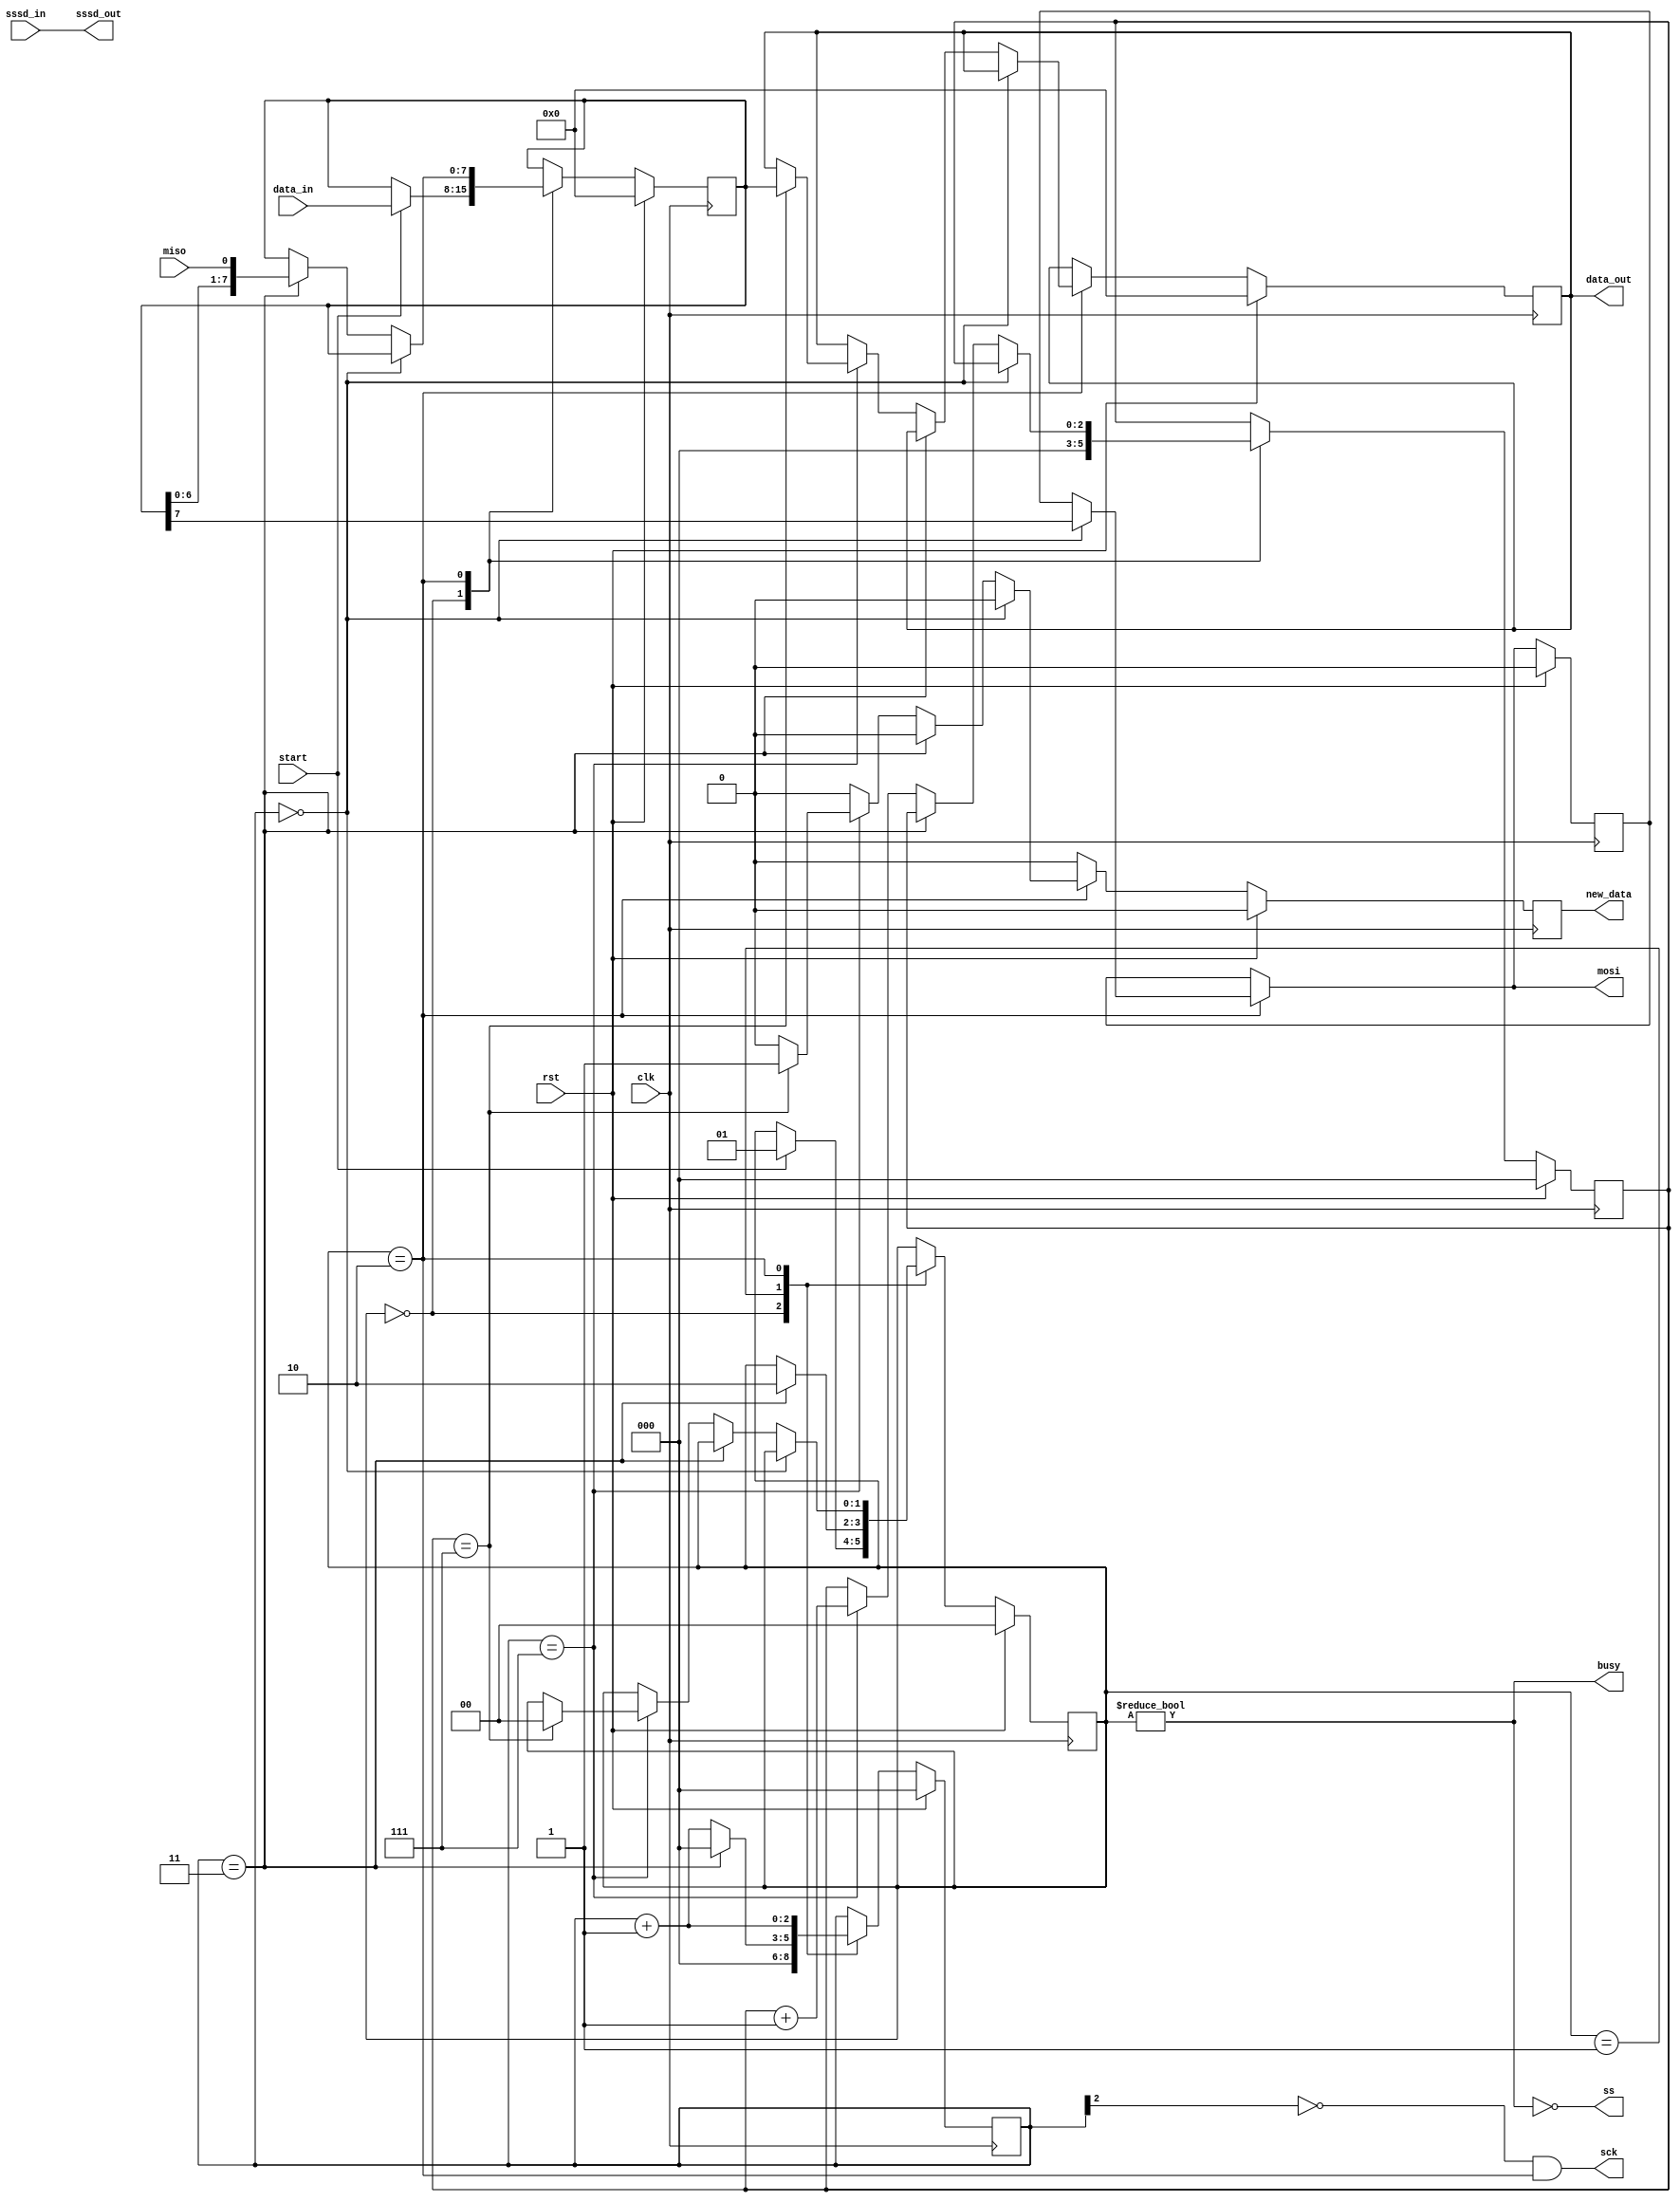
module spi_master (clk, rst, sssd_in, start, miso, data_in, mosi, sck, ss, sssd_out, data_out, busy, new_data);
	
	//inputs y outputs
	
	input clk;
	input rst;
	input sssd_in; 
	input start;
	input miso; //master input slave output
	input[7:0] data_in;
	output mosi; //master output slave input
	output sck;	//slave clk
	output ss;	//slave select 
	output sssd_out;
	output[7:0] data_out;
	output busy;
	output new_data;

	//parametros  
	  
	  parameter CLK_DIV = 3;		//Clock divisions (periodo clk*2) 
	   
	  localparam STATE_SIZE = 2;            // cantidad de estados 2
	  localparam IDLE = 2'd0,   WAIT_HALF = 2'd1,   TRANSFER = 2'd2;	//estados
	   
	  reg [STATE_SIZE-1:0] state_d, state_q;				//variables de estado d:proximo estado  y q: estado actual 
	   
	  reg [7:0] data_d, data_q;						//registro de proceso (trans-recep) 
	  reg [CLK_DIV-1:0] sck_d, sck_q;					//registro contador del sck  d y q
	  
	  reg mosi_d, mosi_q;							//registros mosi d y q
	  reg [2:0] ctr_d, ctr_q;						//registros contador de transferencia spi
	  reg new_data_d, new_data_q;						//registros new data d y q (avail-done)
	  reg [7:0] data_out_d, data_out_q;		//registros dato de salida (solo asignan a data_out despues de avail) 
	
	  assign sssd_out = sssd_in;	
	
	  assign mosi = mosi_d;							//asigna mosi estado proximo
	  assign sck = (~sck_q[CLK_DIV-1]) & (state_q == TRANSFER);	//si el con esta medio lleno y en estado de transferencia 
									//(cambio de polaridad negando todo)
	  assign busy = (state_q != IDLE);				//se esta ocupdo si no estado no es diponible
	  assign ss = !busy;						//slave select ~ocupado
	  assign data_out = data_out_q;					//asignar a data_out ---> dataout_q
	  assign new_data = new_data_q;					//asigna a new_data  ---> new_data_q
	   
	//bloque combinacional

	always @(*) begin
			 sck_d = sck_q;		//asignar registros actuales a registro proximo
			 data_d = data_q;		//asignar registros actuales a registro proximo
			 mosi_d = mosi_q;		//asignar registros actuales a registro proximo
			 ctr_d = ctr_q;		//asignar registros actuales a registro proximo
			 new_data_d = 1'b0;		//new data es 0 hasta haber terminado
			 data_out_d = data_out_q;	//asignar registros actuales a registro proximo
			 state_d = state_q;		//asignar registros actuales a registro proximo

		


	    case (state_q)
	      IDLE: begin		   //estado IDLE (reposo)
		sck_d = 4'b0;              // reset clock counter - se resetea contdor de reloj
		ctr_d = 3'b0;              // reset bit counter	- se resetea el contador de transfer
		if (start == 1'b1) begin   // if start command	- si start
		  data_d = data_in;        // copy data to send	- recibe el dato a enviar
		  state_d = WAIT_HALF;     // change state	- cambio de estado 
		end
	      end
	      WAIT_HALF: begin		   	       // estado WAIT_HALF (preparar el esclavo) "se selecciona el esclavo"
		sck_d = sck_q + 1'b1;                  // increment clock counter  - se incrementa el contador de reloj
		if (sck_q == {CLK_DIV-1{1'b1}}) begin  // if clock is half full (about to fall) - espera a que el reloj
						       // del esclavo este medio lleno
		  sck_d = 1'b0;                        // reset to 0 
		  state_d = TRANSFER;                  // change state -  cambio de estado
		end
	      end
	      TRANSFER: begin				//estado de transferencia
		sck_d = sck_q + 1'b1;                           // increment clock counter - se incrementa el contador del reloj
		if (sck_q == 4'b0000) begin                     // if clock counter is 0 - si contador de reloj es 0
		  mosi_d = data_q[7];                           // output the MSB of data - se coloca en mosi el bit mas significativo 
		end 
		else if (sck_q == {CLK_DIV-1{1'b1}}) begin  // else if it's half full (about to fall) -  si contador de reloj esta 
								//medio lleno ---> recibe :D
								// cambiar -1 para cambiar fase 
		  data_d = {data_q[6:0], miso};      //*********// read in data (shift in) - leer miso e insertar al reg por corrimiento  
		end 
		else if (sck_q == {CLK_DIV{1'b1}}) begin    // else if it's full (about to rise) - si esta lleno el contador de reloj
								// cambiar -1 para cambiar fase 
		  ctr_d = ctr_q + 1'b1;                         // increment bit counter - incrementa contador de transferencia
		  if (ctr_q == 3'b111) begin                    // if we are on the last bit - verifica si ya se lleno contador de reloj
		    state_d = IDLE;                             // change state - cambio de esado a reposo
		    data_out_d = data_q;                        // output data	- se envia coloca el dato en data_out_d
		    new_data_d = 1'b1;                          // signal data is valid - newdata(avail - done) en 1
		  end
		end
	      end
	    endcase
	  end

	//bloque secuencial 
	   
	  always @(posedge clk) begin
		//reset
		if (rst) begin
			ctr_q <= 3'b0;
			data_q <= 8'b0;
			sck_q <= 4'b0;
			mosi_q <= 1'b0;
			state_q <= IDLE;
			data_out_q <= 8'b0;
			new_data_q <= 1'b0;
	    	end 
		   else begin
		    // se renuevan datos (a dato actual se le asigna dato posterior para trabajar arriba)
		      ctr_q <= ctr_d;
		      data_q <= data_d;
		      sck_q <= sck_d;
		      mosi_q <= mosi_d;
		      state_q <= state_d;
		      data_out_q <= data_out_d;
		      new_data_q <= new_data_d;
		    end
	  end
	   
endmodule